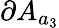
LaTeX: \partial A_{a_{3}}